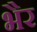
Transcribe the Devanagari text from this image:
भैर